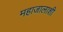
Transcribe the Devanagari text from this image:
महाजालाशी